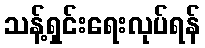
သန့်ရှင်းရေးလုပ်ရန်